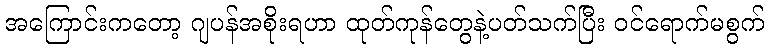
အကြောင်းကတော့ ဂျပန်အစိုးရဟာ ထုတ်ကုန်တွေနဲ့ပတ်သက်ပြီး ဝင်ရောက်မစွက်